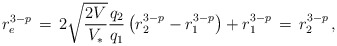
\begin{align*}r_e^{3-p}\,=\, 2 \sqrt{\frac{2 V}{V_*}} \frac{q_2}{q_1}\left(r_2^{3-p}- r_1^{3-p}\right)+ r_1^{3-p} \,= \,r_2^{3-p} \,,\end{align*}